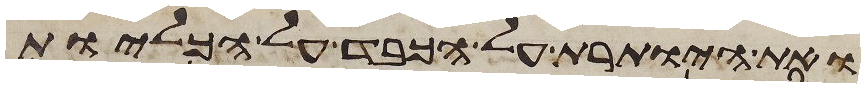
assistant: ואת היותרת על הכבד על הכליות